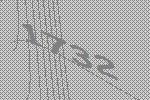
1732